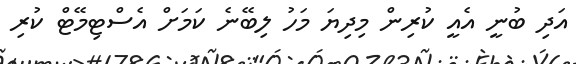
އަދި ބުނީ އެއީ ކުރިން މިދިޔަ މަހު ލިބޭނެ ކަމަށް އެސްޓިމޭޓް ކުރި